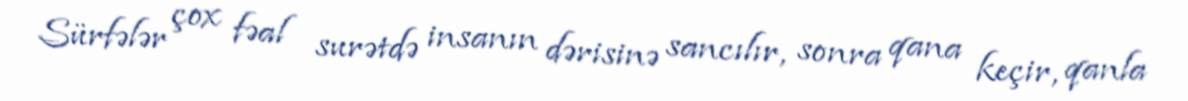
Sürfələr çox fəal surətdə insanın dərisinə sancılır, sonra qana keçir, qanla